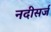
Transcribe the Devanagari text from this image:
नदीसर्ज